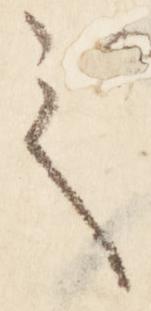
之